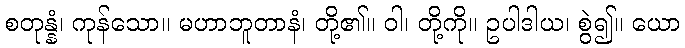
စတုန္နံ၊ ကုန်သော။ မဟာဘူတာနံ၊ တို့၏။ ဝါ၊ တို့ကို။ ဥပါဒါယ၊ စွဲ၍။ ယော